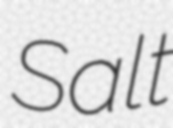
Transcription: Salt